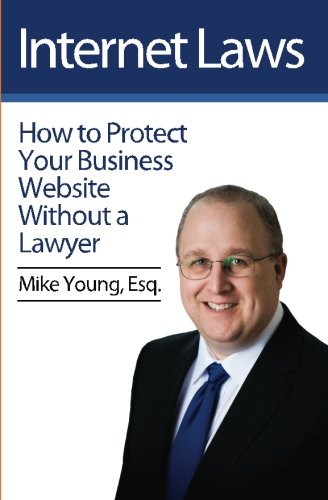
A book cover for Internet Laws: How to Protect Your Business Website Without a Lawyer; Mike Young Esq; Computers & Technology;